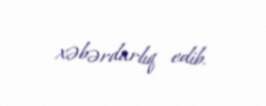
xəbərdarlıq edib.